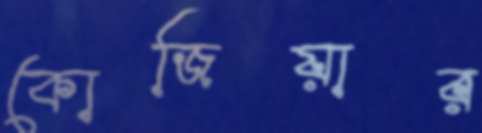
কোজিয়ার